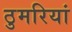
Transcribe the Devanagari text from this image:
ठुमरियां